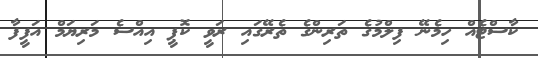
ކާސްޓެއް ހިމެނޭ ފިލްމުގެ ތަރިންގެ ތެރޭގައި ރަވީ ކޮޕީ އިއްސެ މަރިޔަމް އަފީފާ